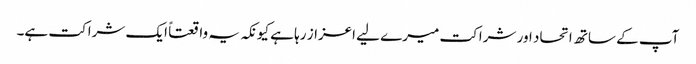
آپ کے ساتھ اتحاد اور شراکت میرے لیے اعزاز رہا ہے کیونکہ یہ واقعتاً ایک شراکت ہے۔